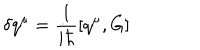
\delta q ^ { \mu } = \frac { 1 } { i \hbar } \left[ q ^ { \mu } , G \right]